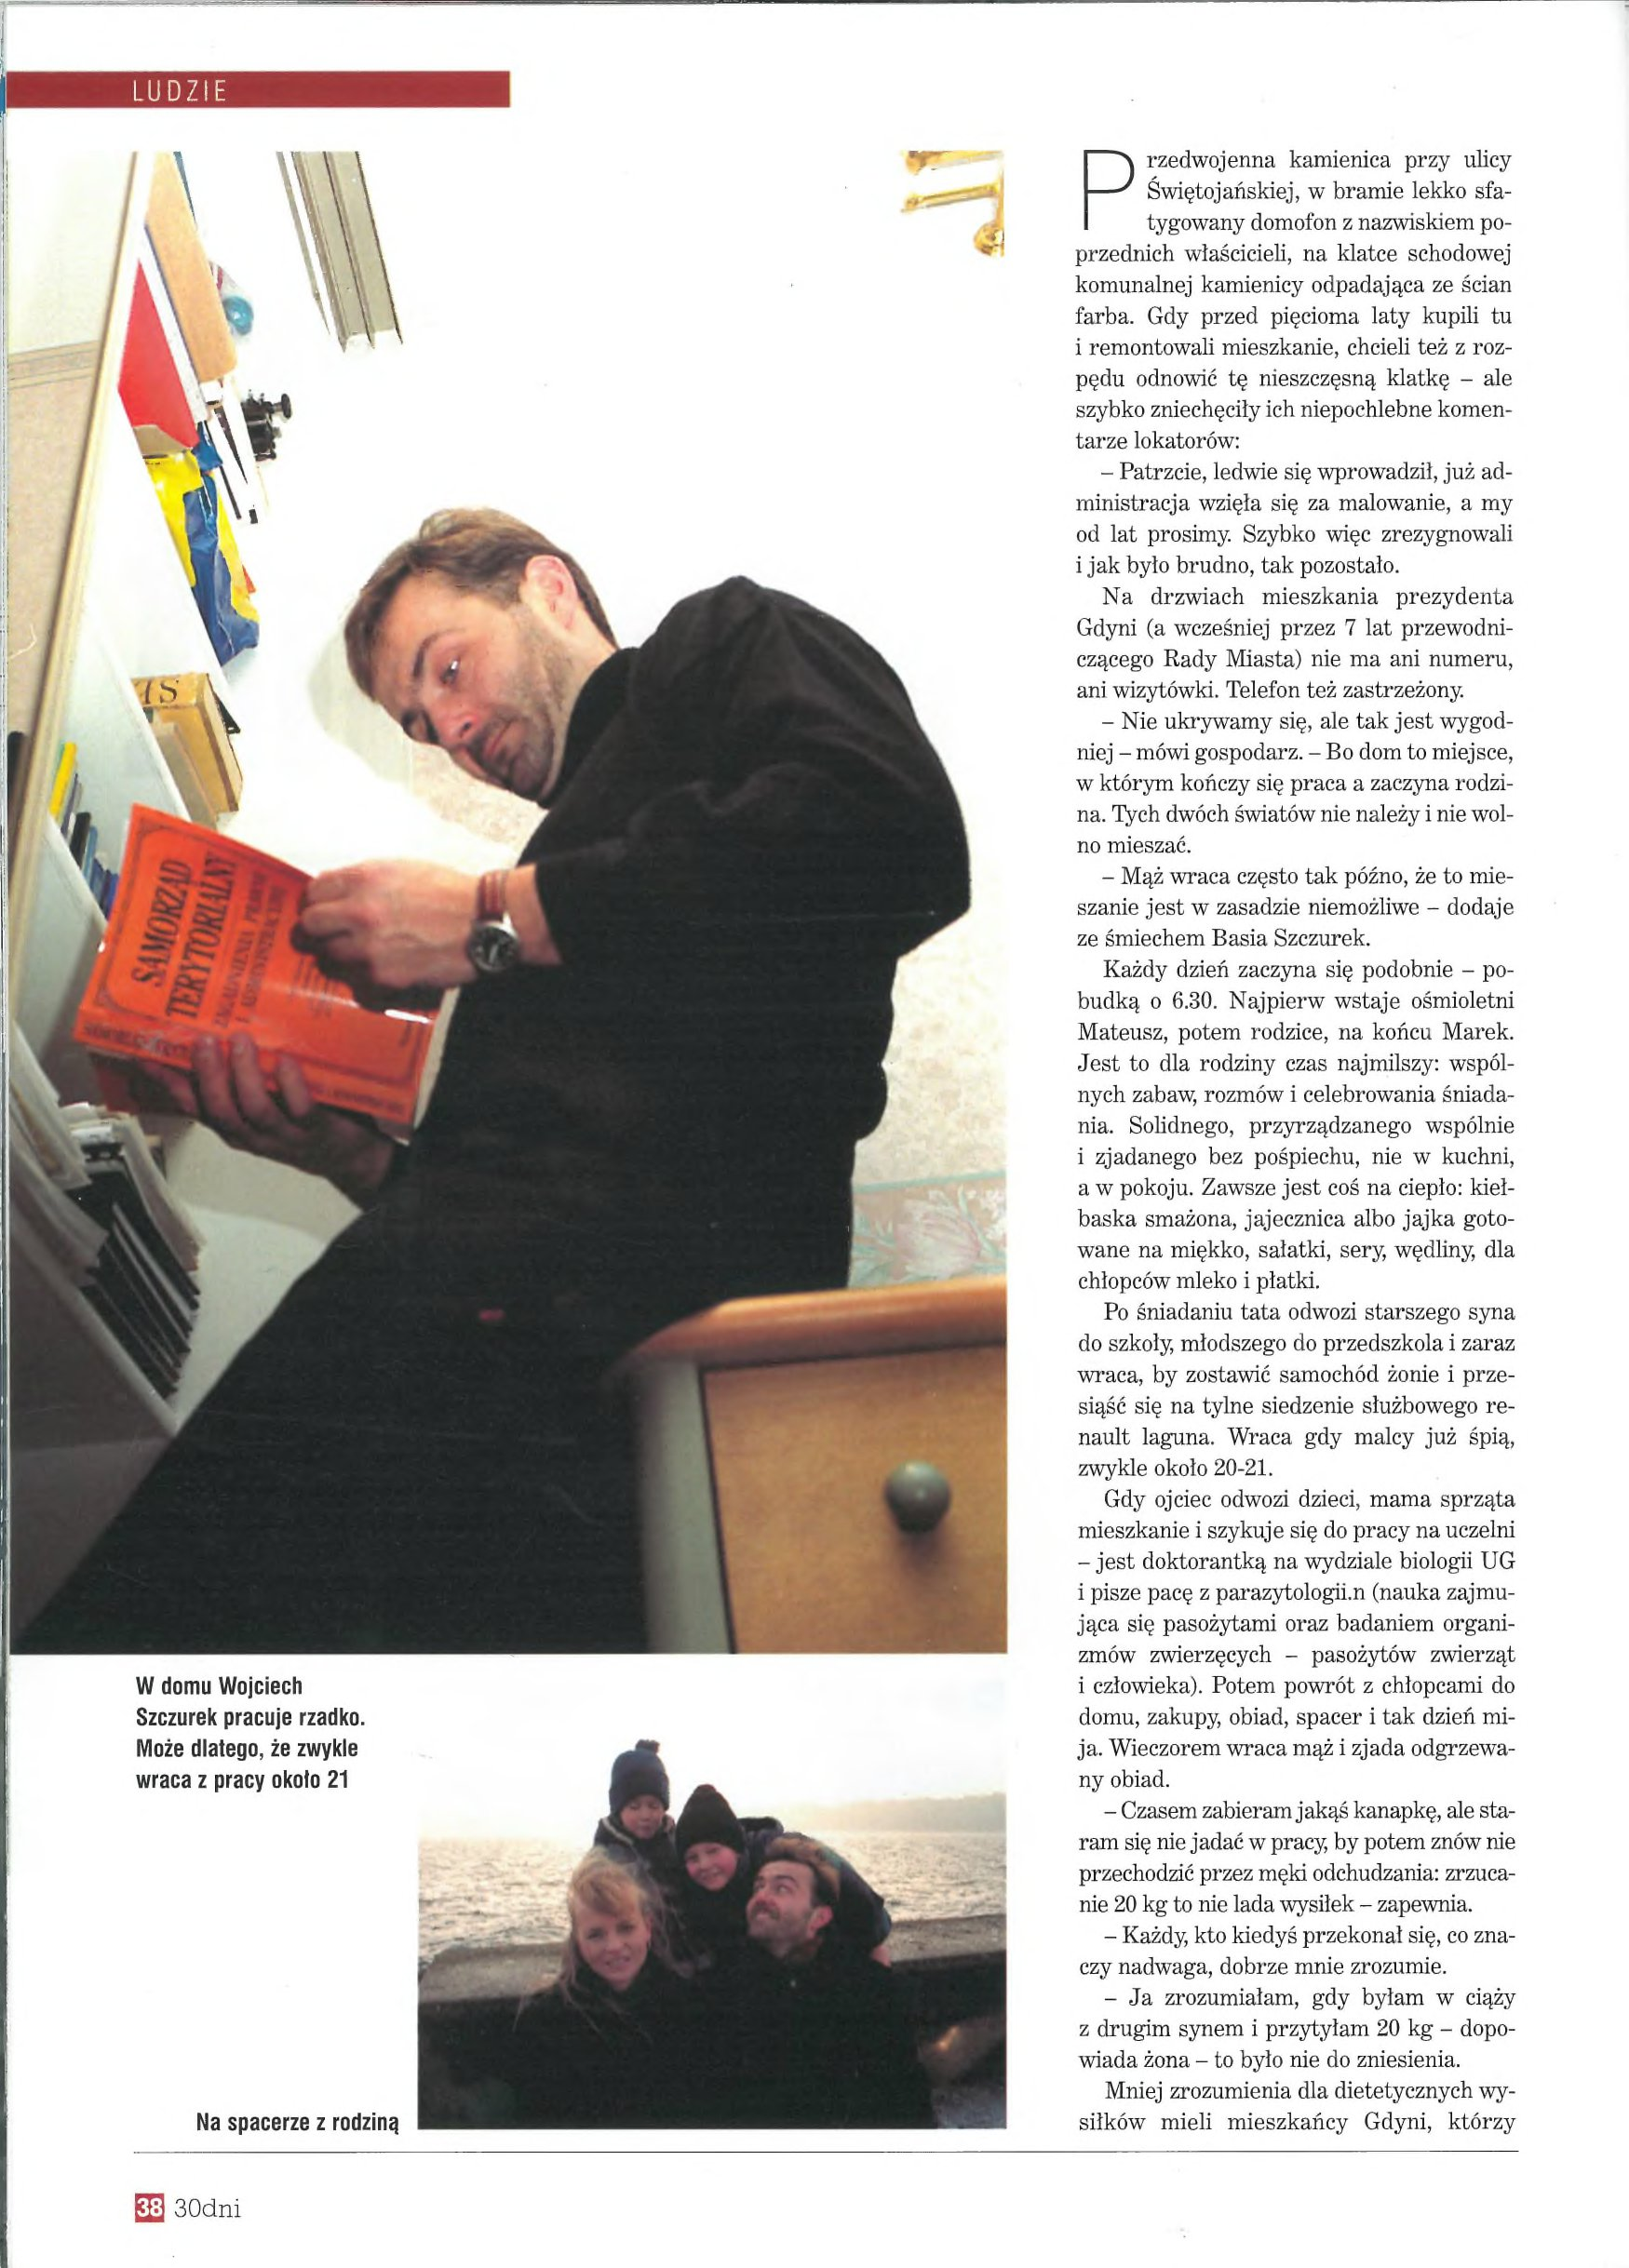
Language: pl